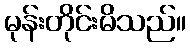
မုန်းတိုင်းမိသည်။